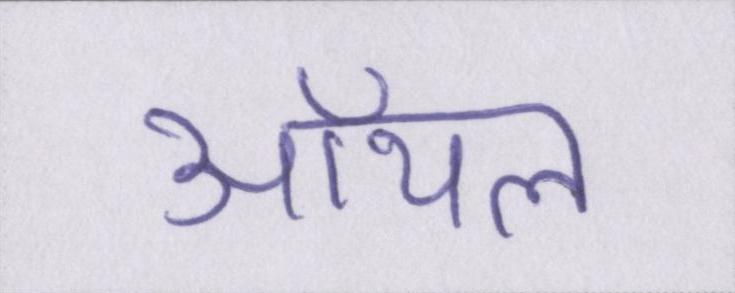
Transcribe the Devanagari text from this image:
ऑयल